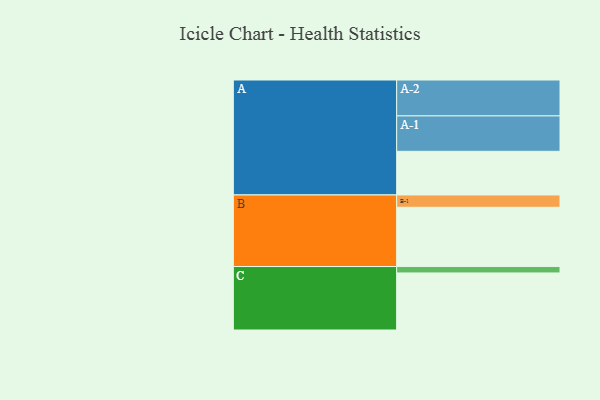
{"axis": {"x": "Segment", "y": "Value"}, "legend": ["", "A", "B", "C"], "data": [{"x": "A", "y": 361, "type": ""}, {"x": "B", "y": 490, "type": ""}, {"x": "C", "y": 472, "type": ""}, {"x": "A-1", "y": 293, "type": "A"}, {"x": "A-2", "y": 297, "type": "A"}, {"x": "B-1", "y": 102, "type": "B"}, {"x": "C-1", "y": 53, "type": "C"}]}